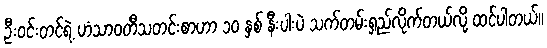
ဦးဝင်းတင်ရဲ့ ဟံသာဝတီသတင်းစာဟာ ၁၀ နှစ် နီးပါးပဲ သက်တမ်းရှည်လိုက်တယ်လို့ ထင်ပါတယ်။